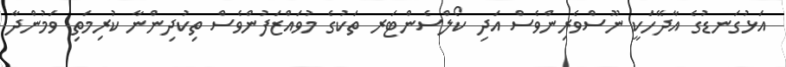
އަޅުގަނޑުގެ އާދޭހަކީ ނޫސްވެރިންވެސް އަދި ކޯލްސެންޓަރ ތަކުގެ މުވައްޒަފުންވެސް ތިކުދިންނާ ކުރިމަތި ވަމުންދާ